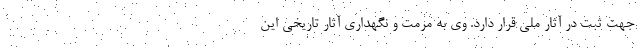
جهت ثبت در آثار ملی قرار دارد. وی به مرمت و نگهداری آثار تاریخی این